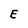
Character: E